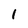
Character: 1